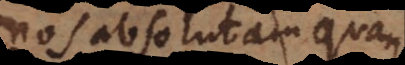
nos absolutam quan